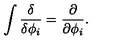
\int { \frac { \delta } { \delta \phi _ { i } } } = { \frac { \partial } { \partial \phi _ { i } } } .